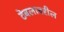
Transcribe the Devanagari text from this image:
टेबलावरील